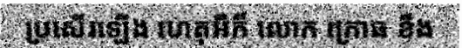
ប្រសើរឡើង ហេតុអីក៏ លោក ក្រោធ ខឹង